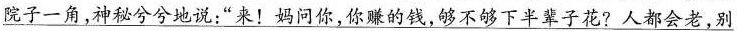
\underline{院子一角,神秘兮兮地说:“来!妈问你，你赚的钱，够不够下半辈子花?人都会老，别}